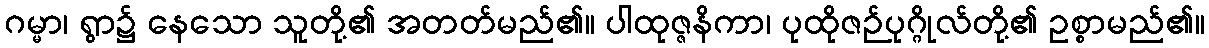
ဂမ္မာ၊ ရွာ၌ နေသော သူတို့၏ အတတ်မည်၏။ ပါထုဇ္ဇနိကာ၊ ပုထိုဇဉ်ပုဂ္ဂိုလ်တို့၏ ဥစ္စာမည်၏။